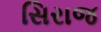
સિરાજ